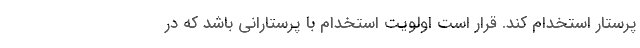
پرستار استخدام کند. قرار است اولویت استخدام با پرستارانی باشد که در